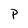
Character: P